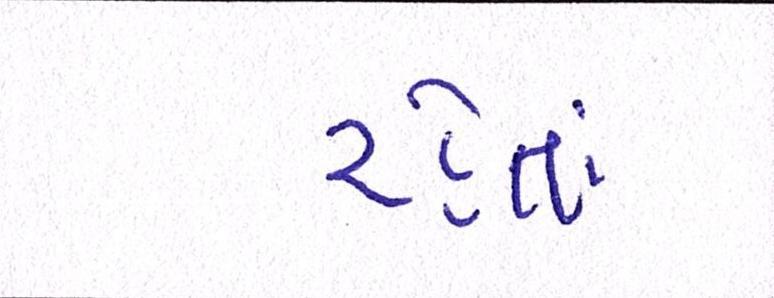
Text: રહેતાં